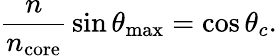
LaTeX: {\frac{n}{n_{\mathrm{core}}}}\sin\theta_{\mathrm{max}}=\cos\theta_{c}.